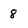
Character: 8